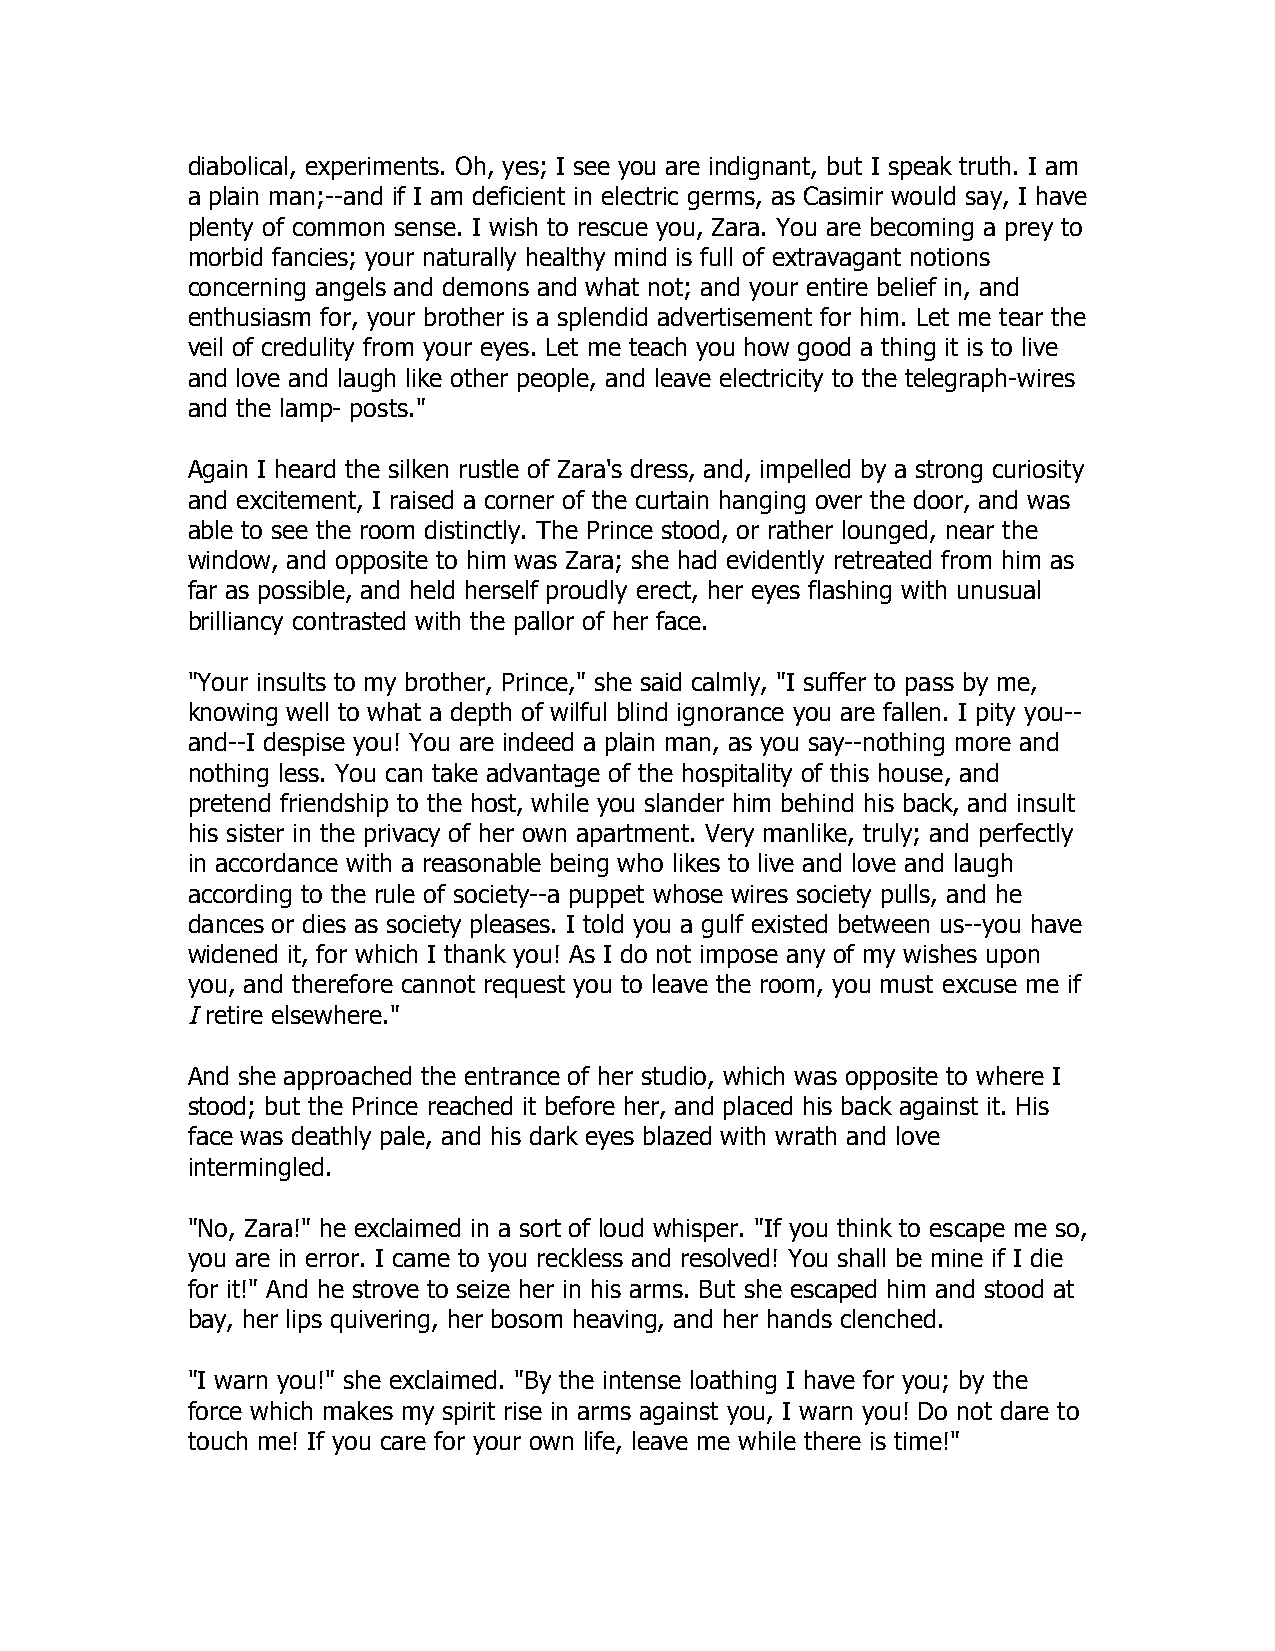
diabolical, experiments. Oh, yes; I see you are indignant, but I speak truth. I am
 a plain man;--and if I am deficient in electric germs, as Casimir would say, I have
 plenty of common sense. I wish to rescue you, Zara. You are becoming a prey to
 morbid fancies; your naturally healthy mind is full of extravagant notions
 concerning angels and demons and what not; and your entire belief in, and
 enthusiasm for, your brother is a splendid advertisement for him. Let me tear the
 veil of credulity from your eyes. Let me teach you how good a thing it is to live
 and love and laugh like other people, and leave electricity to the telegraph-wires
 and the lamp- posts."
 Again I heard the silken rustle of Zara's dress, and, impelled by a strong curiosity
 and excitement, I raised a corner of the curtain hanging over the door, and was
 able to see the room distinctly. The Prince stood, or rather lounged, near the
 window, and opposite to him was Zara; she had evidently retreated from him as
 far as possible, and held herself proudly erect, her eyes flashing with unusual
 brilliancy contrasted with the pallor of her face.
 "Your insults to my brother, Prince," she said calmly, "I suffer to pass by me,
 knowing well to what a depth of wilful blind ignorance you are fallen. I pity you--
 and--I despise you! You are indeed a plain man, as you say--nothing more and
 nothing less. You can take advantage of the hospitality of this house, and
 pretend friendship to the host, while you slander him behind his back, and insult
 his sister in the privacy of her own apartment. Very manlike, truly; and perfectly
 in accordance with a reasonable being who likes to live and love and laugh
 according to the rule of society--a puppet whose wires society pulls, and he
 dances or dies as society pleases. I told you a gulf existed between us--you have
 widened it, for which I thank you! As I do not impose any of my wishes upon
 you, and therefore cannot request you to leave the room, you must excuse me if
 I retire elsewhere."
 And she approached the entrance of her studio, which was opposite to where I
 stood; but the Prince reached it before her, and placed his back against it. His
 face was deathly pale, and his dark eyes blazed with wrath and love
 intermingled.
 "No, Zara!" he exclaimed in a sort of loud whisper. "If you think to escape me so,
 you are in error. I came to you reckless and resolved! You shall be mine if I die
 for it!" And he strove to seize her in his arms. But she escaped him and stood at
 bay, her lips quivering, her bosom heaving, and her hands clenched.
 "I warn you!" she exclaimed. "By the intense loathing I have for you; by the
 force which makes my spirit rise in arms against you, I warn you! Do not dare to
 touch me! If you care for your own life, leave me while there is time!"